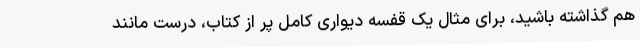
هم گذاشته باشید، برای مثال یک قفسه دیواری کامل پر از کتاب، درست مانند